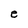
Character: e